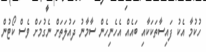
ހުކުމާ އެކު ފައިސާތަކަކާއި ބައެއް އެހެނިހެން ސާމާނު ދައުލަތަށް ނެގުމަށް ވެސް ކޯޓުން